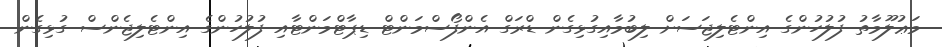
މަޢުލޫމާތު ފުލުހުންގެ އިންޓެލިޖަސަށް ލިބުމާއިގުޅިގެން ޑްރަގް އެންފޯސްމަންޓް ޑިޕާޓްމަންޓާއި ފުލުހުންގެ އިންޓެލިޖެންސް ގުޅިގެން